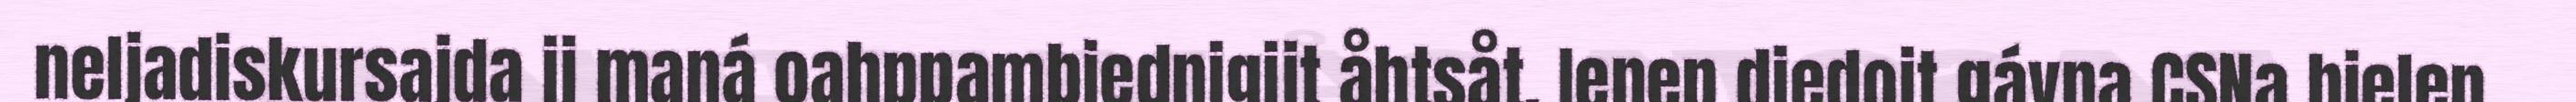
neljadiskursajda ij maná oahppambiednigijt åhtsåt. Ienep diedojt gávna CSNa bielen